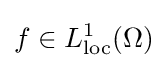
f\in L_{\operatorname {loc} }^{1}(\Omega )